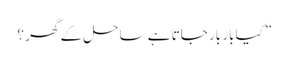
” کیابار بار جاتا ہے ساحل کے گھر ؟